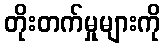
တိုးတက်မှုများကို